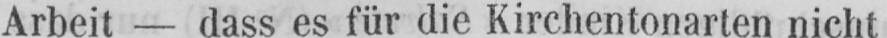
Arbeit - dass es für die Kirchentonarten nicht